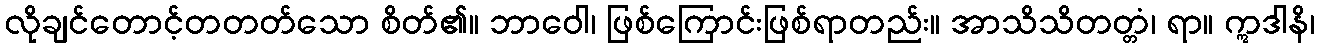
လိုချင်တောင့်တတတ်သော စိတ်၏။ ဘာဝေါ၊ ဖြစ်ကြောင်းဖြစ်ရာတည်း။ အာသိသိတတ္တံ၊ ရာ။ ဣဒါနိ၊